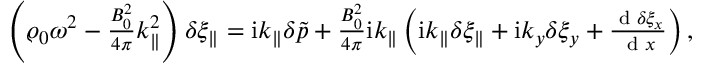
\begin{array} { r } { \left( \varrho _ { 0 } \omega ^ { 2 } - \frac { B _ { 0 } ^ { 2 } } { 4 \pi } k _ { \parallel } ^ { 2 } \right) \delta \xi _ { \parallel } = \mathrm { i } k _ { \parallel } \delta \tilde { p } + \frac { B _ { 0 } ^ { 2 } } { 4 \pi } \mathrm { i } k _ { \parallel } \left( \mathrm { i } k _ { \parallel } \delta \xi _ { \parallel } + \mathrm { i } k _ { y } \delta \xi _ { y } + \frac { \textrm { d } \delta \xi _ { x } } { \textrm { d } x } \right) , } \end{array}